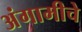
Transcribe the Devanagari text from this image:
अंगामीचे